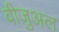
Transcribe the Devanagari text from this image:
वीज़ुअल